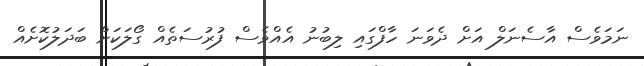
ނަމަވެސް އާސެނަލް އަށް ދެވަނަ ހާފްގައި ލިބުނު އެއްވެސް ފުރުސަތެއް ގޯލަކަށް ބަދަލުކޮށެއް